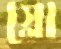
স্লো